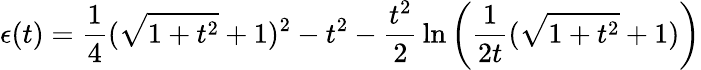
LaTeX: \epsilon(t)={\frac{1}{4}}(\sqrt{1+t^{2}}+1)^{2}-t^{2}-{\frac{t^{2}}{2}}\ln{\left({\frac{1}{2t}}(\sqrt{1+t^{2}}+1)\right)}